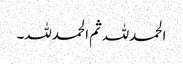
الحمدللہ ثم الحمدللہ۔